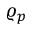
\varrho _ { p }